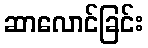
ဆာလောင်ခြင်း